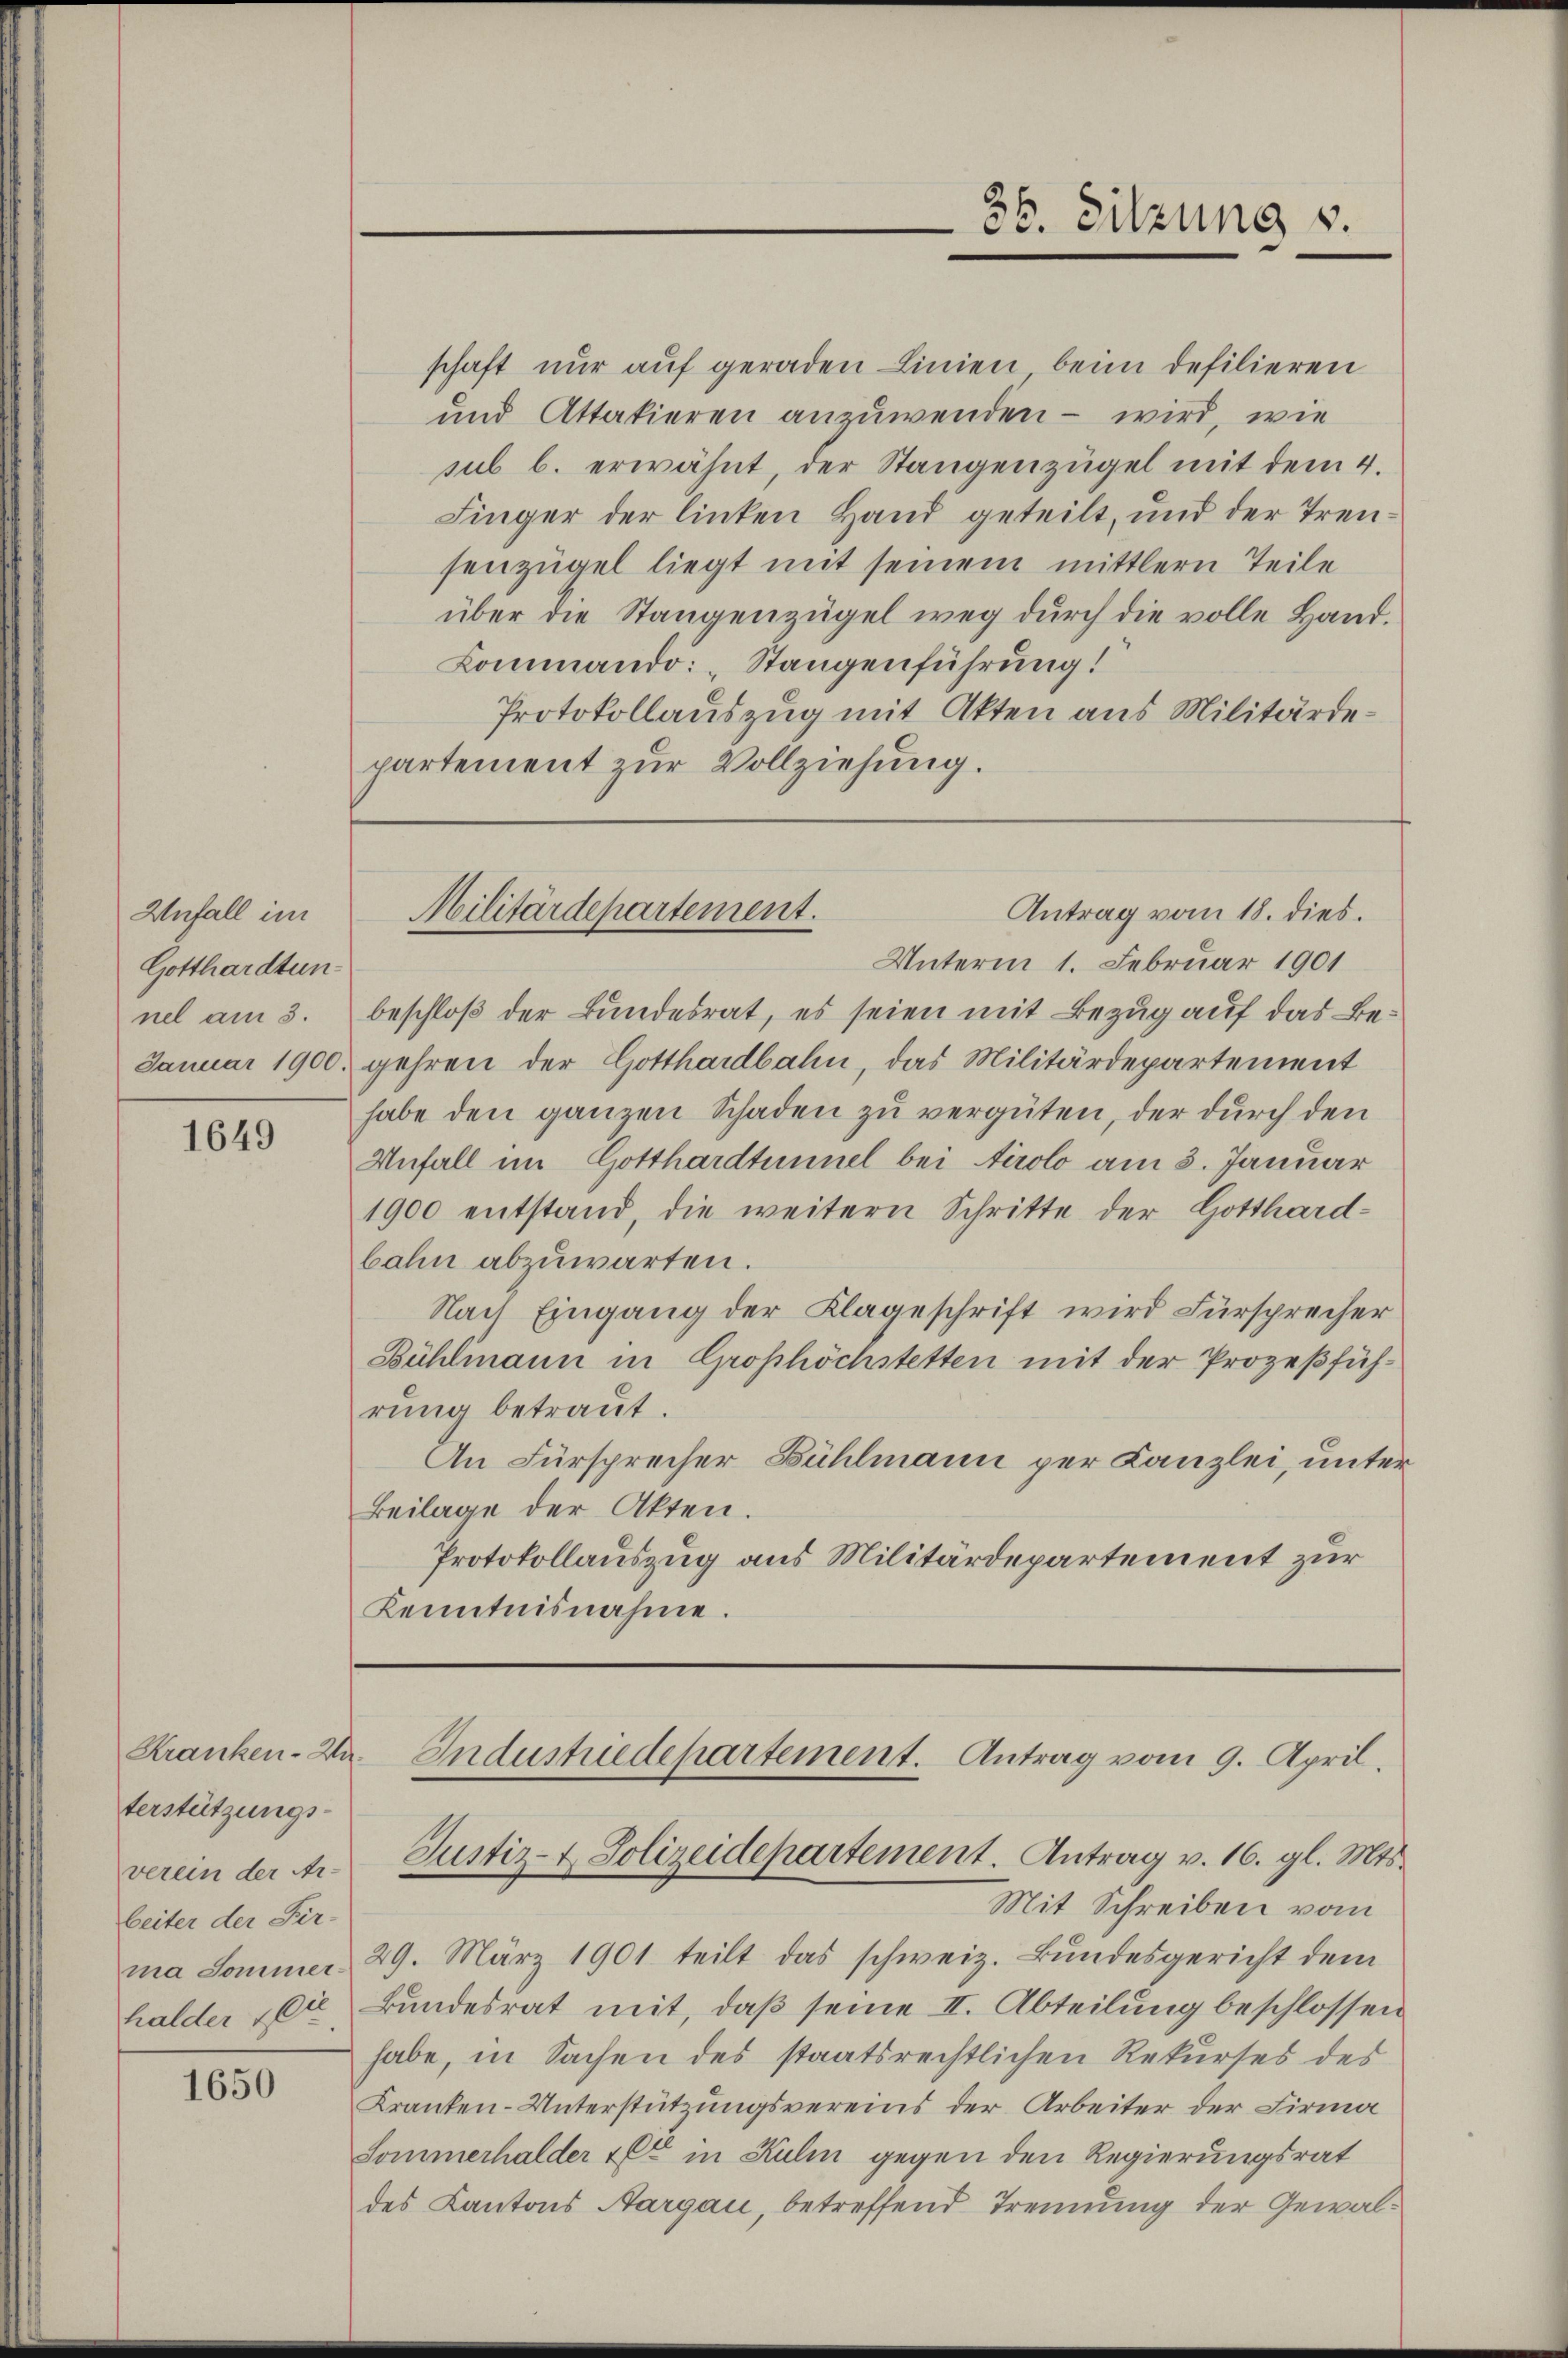
Unfall im
Gotthardtun
Januar 1900.

1649

Kranken-Anterstützungsverein der Ar-
beiter der Fir-

1650

schaft nur auf geraden Linien beim defilieren
und Attakieren anzuwenden – wird, wie
sub b. erwähnt, der Stangenzügel mit dem 4.
Finger der linken Hand geteilt, und der Trensenzügel liegt mit seinem mittlern Teile
über die Stangenzügel weg durch die volle Hand.
Lommando: „Stangenführung!
Protokollauszug mit Akten aus Militärdepartement zur Vollziehung.

Unterm 1. Februar 1901
nel am 3. beschloß der Bŭndesrat, es seien mit Bezug auf das Begehren der Gotthardbahn, das Militärdepartement
habe den ganzen Schaden zu vergüten, der durch den
Unfall im Gotthardtunnel bei Airolo am 3. Januar
1900 entstand, die weitern Schritte der Gotthard-
bahn abzuwarten.
Nach Eingang der Klageschrift wird Fürsprecher
Bühlmann in Großhöchstetten mit der Prozeßführŭng betraŭt.
An Fürsprecher Bühlmann per Kanzlei, unter¬
Beilage der Akten.
Protokollauszug aus Militärdepartement zur
Kenntnisnahme.

36. Sitzung v.

Antrag vom 18. dies.
Militärdepartement.

Industriedepartement. Antrag vom 9. April.
Justiz- & Polizeidepartement. Antrag v. 16. gl. Mts.

Mit Schreiben vom
ma Sommer 29. März 1901 teilt das schweiz. Bŭndesgericht dem
halder die Bŭndesrat mit, daβ seine II. Abteilung beschlossen
habe, in Sachen des staatsrechtlichen Rekurses des
Kranken-Unterstützungsvereins der Arbeiter der Firma
Sommerhalder et in Kulm gegen den Regierungsrat
des Kantons Aargau, betreffend Trennung der Gewal¬